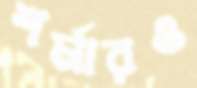
শর্মারও